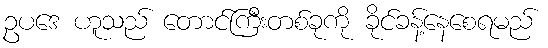
ဥပဒေ ဟူသည် တောင်ကြီးတစ်ခုကို ခိုင်ခန့်နေစေရမည်